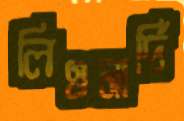
লিওনার্দি